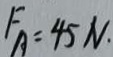
F _ { A } = 4 5 N .